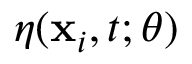
\eta ( \mathbf { x } _ { i } , t ; \theta )